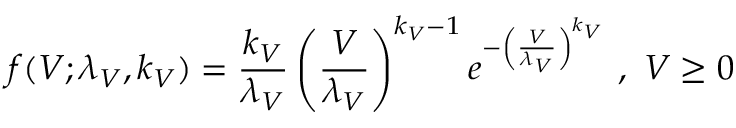
f ( V ; \lambda _ { V } , k _ { V } ) = \frac { k _ { V } } { \lambda _ { V } } \left( \frac { V } { \lambda _ { V } } \right) ^ { k _ { V } - 1 } e ^ { - \left( \frac { V } { \lambda _ { V } } \right) ^ { k _ { V } } } ~ , ~ V \geq 0